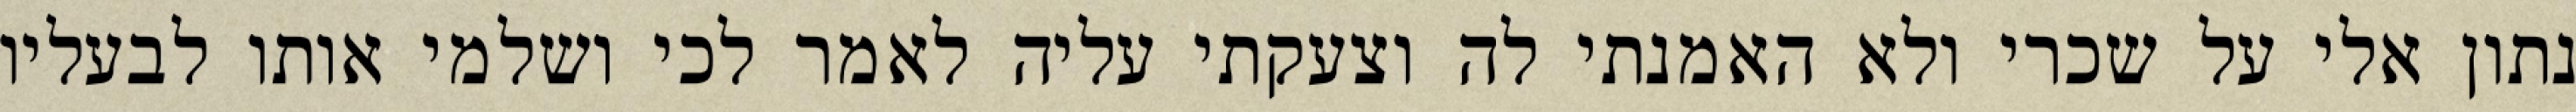
נתון אלי על שכרי ולא האמנתי לה וצעקתי עליה לאמר לכי ושלמי אותו לבעליו